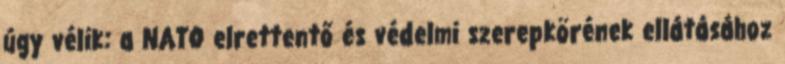
úgy vélik: a NATO elrettentő és védelmi szerepkörének ellátásához